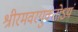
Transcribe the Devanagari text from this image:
श्रीरमवरयुक्‍तोऽयं